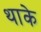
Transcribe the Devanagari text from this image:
थाके